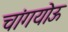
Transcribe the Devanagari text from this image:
चांगयोऊ